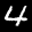
Label: 4